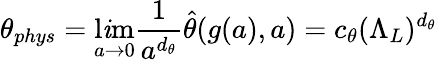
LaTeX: \theta_{phys}=\operatorname*{l\mathit{i}m}_{a\to0}{\frac{{1}}{{a^{d_{\theta}}}}}\hat{{\theta}}(g(a),a)=c_{\theta}(\Lambda_{L})^{d_{\theta}}